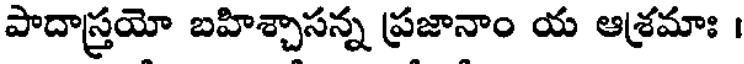
పాదాస్త్రయో బహిశ్చాసన్న ప్రజానాం య ఆశ్రమాః ।